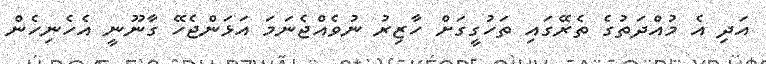
އަދި އެ މުއްދަތުގެ ތެރޭގައި ތަހުގީގަށް ހާޒިރު ނުވެއްޖެނަމަ އަޅަންޖެހޭ ގާނޫނީ އެހެނިހެން